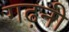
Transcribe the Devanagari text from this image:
गढ़नी